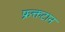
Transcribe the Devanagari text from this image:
फ्रक्तटान